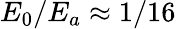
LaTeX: E_{0}/E_{a}\approx 1/16